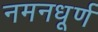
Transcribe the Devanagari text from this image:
नमनधूर्ण